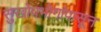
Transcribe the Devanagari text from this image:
सुखोपभोगांपासून